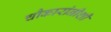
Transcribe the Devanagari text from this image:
चौकारांनीशी